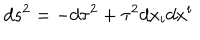
d s ^ { 2 } = - d \tau ^ { 2 } + \tau ^ { 2 } d x _ { i } d x ^ { i }